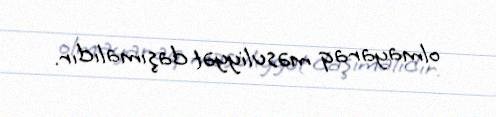
olmayaraq məsuliyyət daşımalıdır.